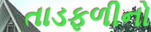
તાડફળીનો